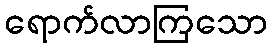
ရောက်လာကြသော